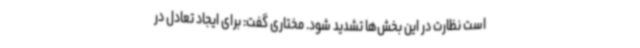
است نظارت در این بخش‌ها تشدید شود. مختاری گفت: برای ایجاد تعادل در